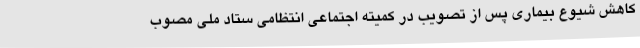
کاهش شیوع بیماری پس از تصویب در کمیته اجتماعی انتظامی ستاد ملی مصوب